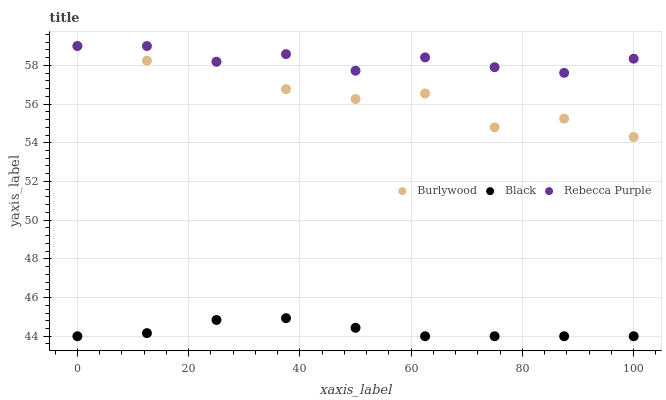
| xaxis_label | Burlywood | Black | Rebecca Purple |
 | --- | --- | --- | --- |
 | 0 | 59 | 44 | 59 |
 | 12.5 | 58.2 | 44.2 | 59 |
 | 25 | 58.2 | 44.8 | 58.2 |
 | 37.5 | 56.8 | 44.9 | 58.6 |
 | 50 | 56.3 | 44.4 | 57.7 |
 | 62.5 | 56.5 | 44 | 58.4 |
 | 75 | 54.8 | 44 | 57.9 |
 | 87.5 | 55.2 | 44 | 57.6 |
 | 100 | 54.3 | 44 | 58.3 |